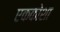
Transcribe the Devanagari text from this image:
एककोशा